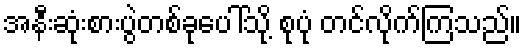
အနီးဆုံးစားပွဲတစ်ခုပေါ်သို့ စုပုံ တင်လိုက်ကြသည်။